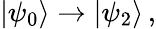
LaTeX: |\psi_{0}\rangle\rightarrow|\psi_{2}\rangle\, ,